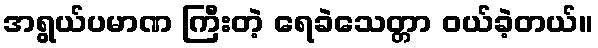
အရွယ်ပမာဏ ကြီးတဲ့ ရေခဲသေတ္တာ ဝယ်ခဲ့တယ်။